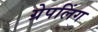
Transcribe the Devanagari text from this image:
ग्रेपलिंग